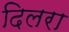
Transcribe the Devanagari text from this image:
दिलरा